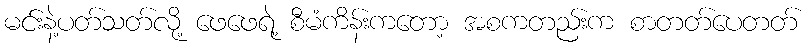
မင်းနဲ့ပတ်သတ်လို့ ဖေဖေရဲ့ စီမံကိန်းကတော့ အစကတည်းက စာတတ်ပေတတ်